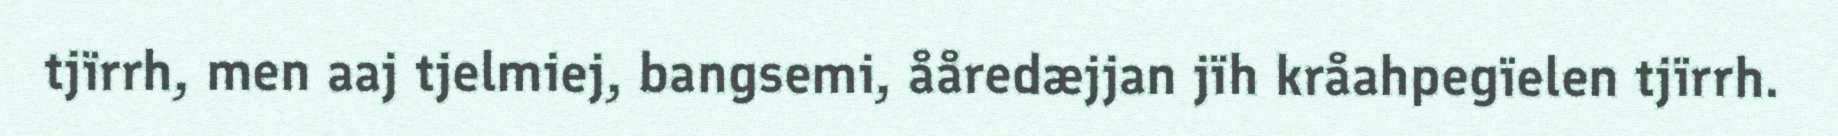
tjïrrh, men aaj tjelmiej, bangsemi, ååredæjjan jïh kråahpegïelen tjïrrh.